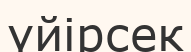
үйірсек